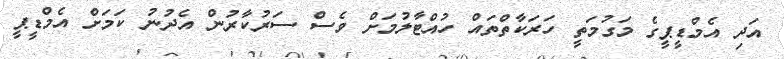
އަދި އެމްޑީޕީގެ މަގުމަތީ ހަރަކާތްތައް ހުއްޓާލުމަށް ވެސް ސަރުކާރުން އެދުނު ކަމަށް އެމްޑީޕީ